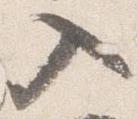
入